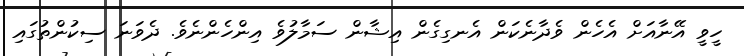
ހީވީ އޭނާއަށް އެހެން ވެދާނެކަން އެނގިގެން އިޝާން ސަމާލުވެ އިންހެންނެވެ. ދެވަނަ ސިކުންތުގައި